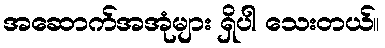
အဆောက်အအုံများ ရှိပါ သေးတယ်။